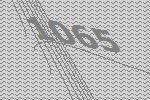
1065